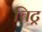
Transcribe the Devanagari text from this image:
चिट्र